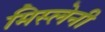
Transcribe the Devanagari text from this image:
मिस्लेनी